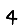
Digit: 4